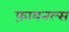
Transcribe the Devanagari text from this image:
फ़ायनल्स